Report on vaccination in Madras 1877-1894 - 1877-1894
Year: 1877
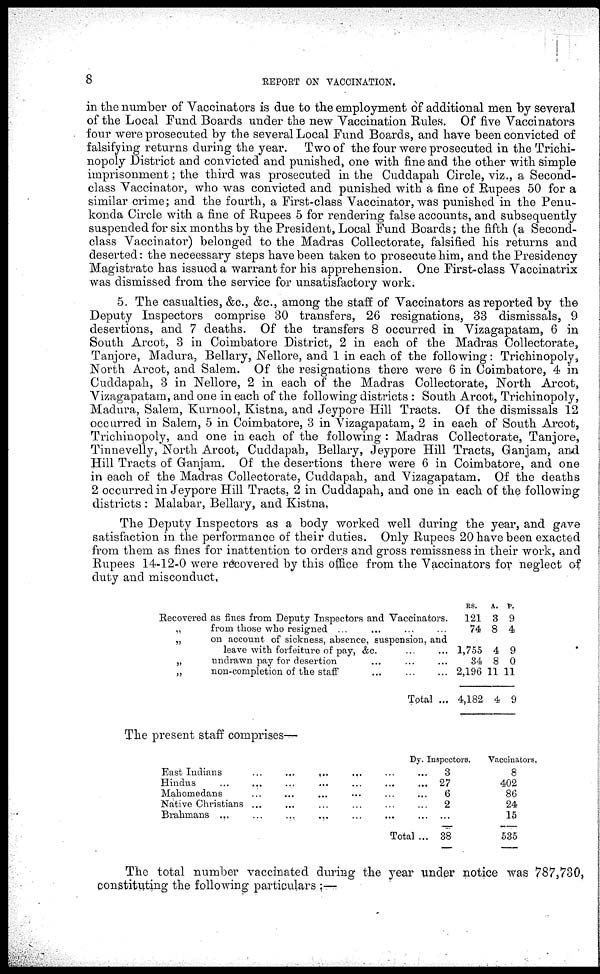
8
REPORT ON VACCINATION.
in the number of Vaccinators is due to the employment of additional men by several
of the Local Fund Boards under the new Vaccination Rules. Of five Vaccinators
four were prosecuted by the several Local Fund Boards, and have been convicted of
falsifying returns during the year. Two of the four were prosecuted in the Trichi-
nopoly District and convicted and punished, one with fine and the other with simple
imprisonment; the third was prosecuted in the Cuddapah Circle, viz., a Second-
class Vaccinator, who was convicted and punished with a fine of Rupees 50 for a
similar crime; and the fourth, a First-class Vaccinator, was punished in the Penu¬
konda Circle with a fine of Rupees 5 for rendering false accounts, and subsequently
suspended for six months by the President, Local Fund Boards; the fifth (a Second¬
class Vaccinator) belonged to the Madras Collectorate, falsified his returns and
deserted: the neceessary steps have been taken to prosecute him, and the Presidency
Magistrate has issued a warrant for his apprehension. One First-class Vaccinatrix
was dismissed from the service for unsatisfactory work.
5. The casualties, &c., &c., among the staff of Vaccinators as reported by the
Deputy Inspectors comprise 30 transfers, 26 resignations, 33 dismissals, 9
desertions, and 7 deaths. Of the transfers 8 occurred in Vizagapatam, 6 in
South Arcot, 3 in Coimbatore District, 2 in each of the Madras Collectorate,
Tanjore, Madura, Bellary, Nellore, and 1 in each of the following: Trichinopoly,
North Arcot, and Salem. Of the resignations there were 6 in Coimbatore, 4 in
Cuddapah, 3 in Nellore, 2 in each of the Madras Collectorate, North Arcot,
Vizagapatam, and one in each of the following districts : South Arcot, Trichinopoly,
Madura, Salem, Kurnool, Kistna, and Jeypore Hill Tracts. Of the dismissals 12
occurred in Salem, 5 in Coimbatore, 3 in Vizagapatam, 2 in each of South Arcot,
Trichinopoly, and one in each of the following : Madras Collectorate, Tanjore,
Tinnevelly, North Arcot, Cuddapah, Bellary, Jeypore Hill Tracts, Ganjam, and
Hill Tracts of Ganjam. Of the desertions there were 6 in Coimbatore, and one
in each of the Madras Collectorate, Cuddapah, and Vizagapatam. Of the deaths
2 occurred in Jeypore Hill Tracts, 2 in Cuddapah, and one in each of the following
districts : Malabar, Bellary, and Kistna.
The Deputy Inspectors as a body worked well during the year, and gave
satisfaction in the performance of their duties. Only Rupees 20 have been exacted
from them as fines for inattention to orders and gross remissness in their work, and
Rupees 14-12-0 were recovered by this office from the Vaccinators for neglect of
duty and misconduct.
Recovered as fines from Deputy Inspectors and Vaccinators.
„
from those who resigned ... ... ... ...
„
on account of sickness, absence, suspension, and
leave with forfeiture of pay, &c. ... ...
„
undrawn pay for desertion ... ... ...
„
non-completion of the staff ... ... ...
Total ...
RS.
121
74
1,755
34
2,196
4,182
A.
3
8
4
8
11
4
P.
9
4
9
0
11
9
The present staff comprises—
East Indians
...
...
,..
...
Hindus
...
...
Mahomedans
Native Christians ...
Brahmans ...
...
...
...
Total
Dy. Inspectors.
...
3
... 27
...
6
...
2
... 38
Vaccinators,
8
402
86
24
15
535
The total number vaccinated during the year under notice was 787,730,
constituting the following particulars :—